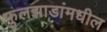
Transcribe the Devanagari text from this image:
फुलझाडांमधील